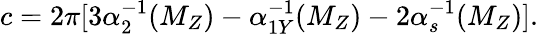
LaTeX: c=2\pi[3\alpha_{2}^{-1}(M_{Z})-\alpha_{1Y}^{-1}(M_{Z})-2\alpha_{s}^{-1}(M_{Z})].